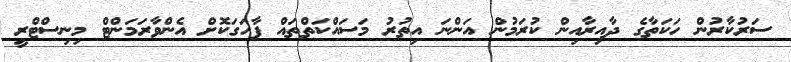
ސަރުކާރުން ހަކަތާގެ ދާއިރާއިން ކުރަމުން އަންނަ އިތުރު މަސައްކަތްތައް ފާހަގަކޮށް އެންވާރަމަންޓް މިނިސްޓްރީ